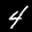
Label: 4